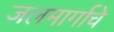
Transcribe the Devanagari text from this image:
जलमार्गाचे